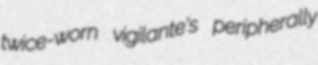
twice-worn vigilante's peripherally